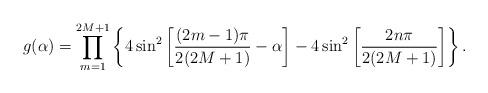
LaTeX: \begin{align*}g(\alpha)=\prod_{m=1}^{2M+1}\left\{4 \sin^2\left[\frac{ (2m-1)\pi}{2(2M+1)}-\alpha\right]- 4 \sin^2\left[\frac{ 2n\pi}{2(2M+1)}\right] \right\}.\end{align*}